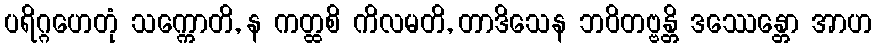
ပရိဂ္ဂဟေတုံ သက္ကောတိ, န ကတ္ထစိ ကိလမတိ, တာဒိသေန ဘဝိတဗ္ဗန္တိ ဒဿေန္တော အာဟ